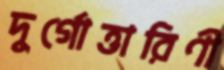
দুর্গোত্তারিণী